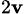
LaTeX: _{2\mathbf{v}}